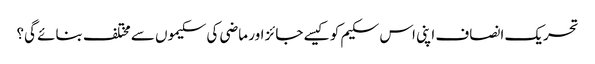
تحریک انصاف اپنی اس سکیم کو کیسے جائز اور ماضی کی سکیموں سے مختلف بنائے گی؟